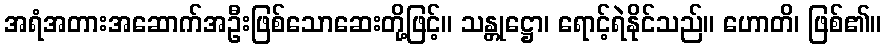
အရံအတားအဆောက်အဦးဖြစ်သောဆေးတို့ဖြင့်။ သန္တုဋ္ဌော၊ ရောင့်ရဲနိုင်သည်။ ဟောတိ၊ ဖြစ်၏။